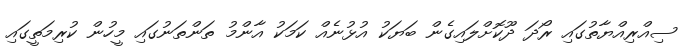
ސިއްރިއްޔާތުގައި ރޯދަ ދޫކޮށްލައިގެން ބަޔަކު އުޅުނެއް ކަމަކު އާންމު ތަންތަނުގައި މީހުން ކުރިމަތީގައި